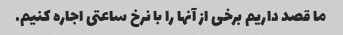
ما قصد داریم برخی از آنها را با نرخ ساعتی اجاره کنیم.